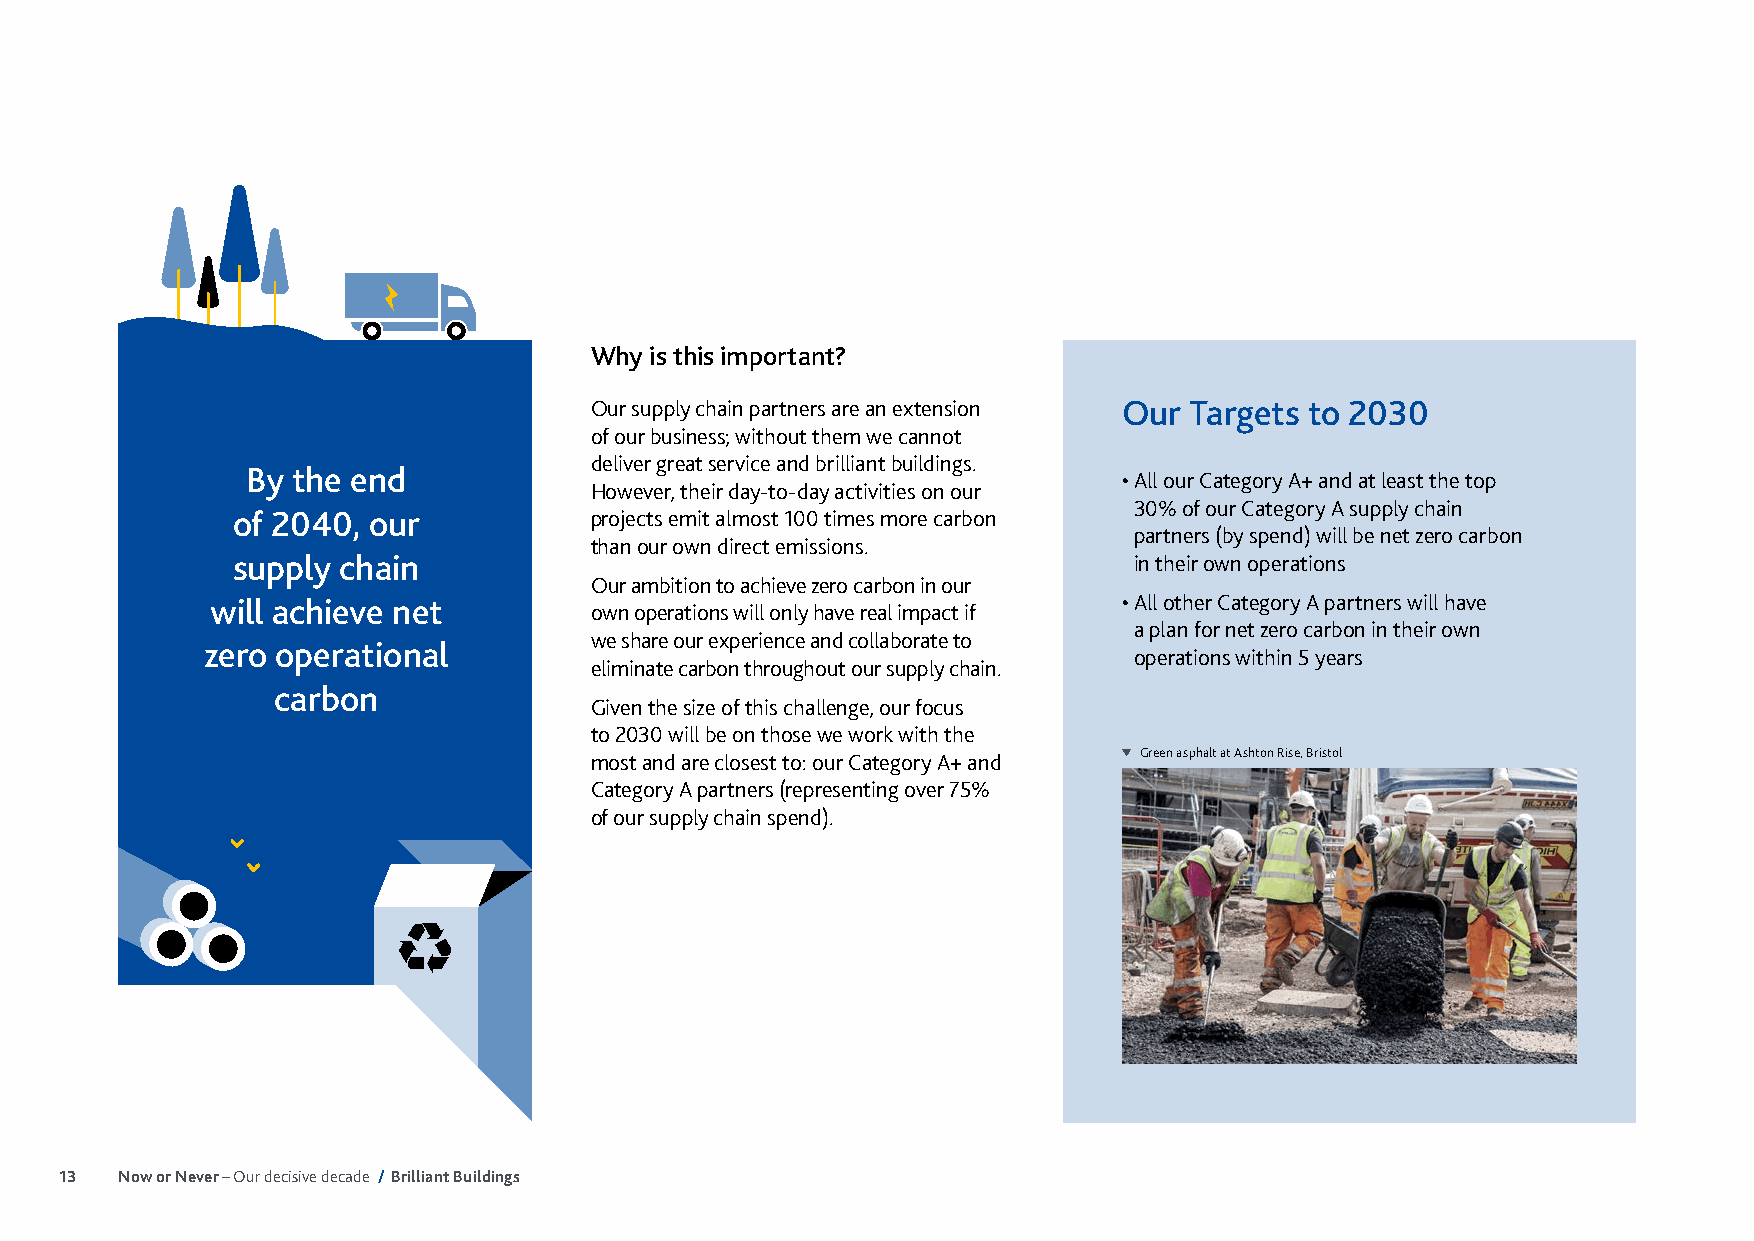
Why is this important?
 Our supply chain partners are an extension Our Targets to 2030
 of our business; without them we cannot
 By the end of 2040,
 deliver great service and brilliant buildings.
 ourB suy p t ph lye c he an ind w ill However, their day-to-day activities on our • All our Category A+ and at least the top
 30% of our Category A supply chain
 oacfh 2ie0ve4 n0et, zoeuror projects emit almost 100 times more carbon
 partners (by spend) will be net zero carbon
 operational carbon       than our own direct emissions.
 supply chain                                                in their own operations
 Our ambition to achieve zero carbon in our
 will achieve net                                            • All other Category A partners will have
 own operations will only have real impact if
 a plan for net zero carbon in their own
 we share our experience and collaborate to
 zero operational
 By the end of 2040,                                          operations within 5 years
 eliminate carbon throughout our supply chain.
 our sucpaplryb cohnain will
 Given the size of this challenge, our focus
 achieve net zero
 to 2030 will be on those we work with the
 operational carbon       most and are closest to: our Category A+ and Green asphalt at Ashton Rise, Bristol
 Category A partners (representing over 75%
 of our supply chain spend).
 13  Now or Never – Our decisive decade / Brilliant Buildings